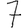
Digit: 7